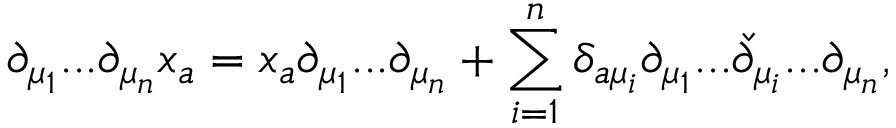
\partial _ { \mu _ { 1 } } . . . \partial _ { \mu _ { n } } x _ { a } = x _ { a } \partial _ { \mu _ { 1 } } . . . \partial _ { \mu _ { n } } + \sum _ { i = 1 } ^ { n } \delta _ { a \mu _ { i } } \partial _ { \mu _ { 1 } } . . . \check { \partial } _ { \mu _ { i } } . . . \partial _ { \mu _ { n } } ,